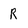
Character: R